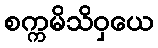
စက္ကမိသိဝှယေ